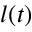
l ( t )